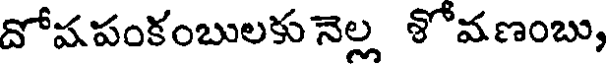
దోషపంకంబులకు నెల్ల శోవణంబు,